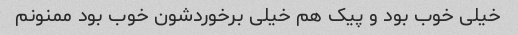
خیلی خوب بود و پیک هم خیلی برخوردشون خوب بود ممنونم